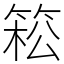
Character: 𥯆